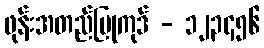
ဖုန်းအတည်ပြုကုဒ် - ၁၂၃၄၅၆